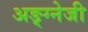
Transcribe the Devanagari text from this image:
अङ्ग्नेजी